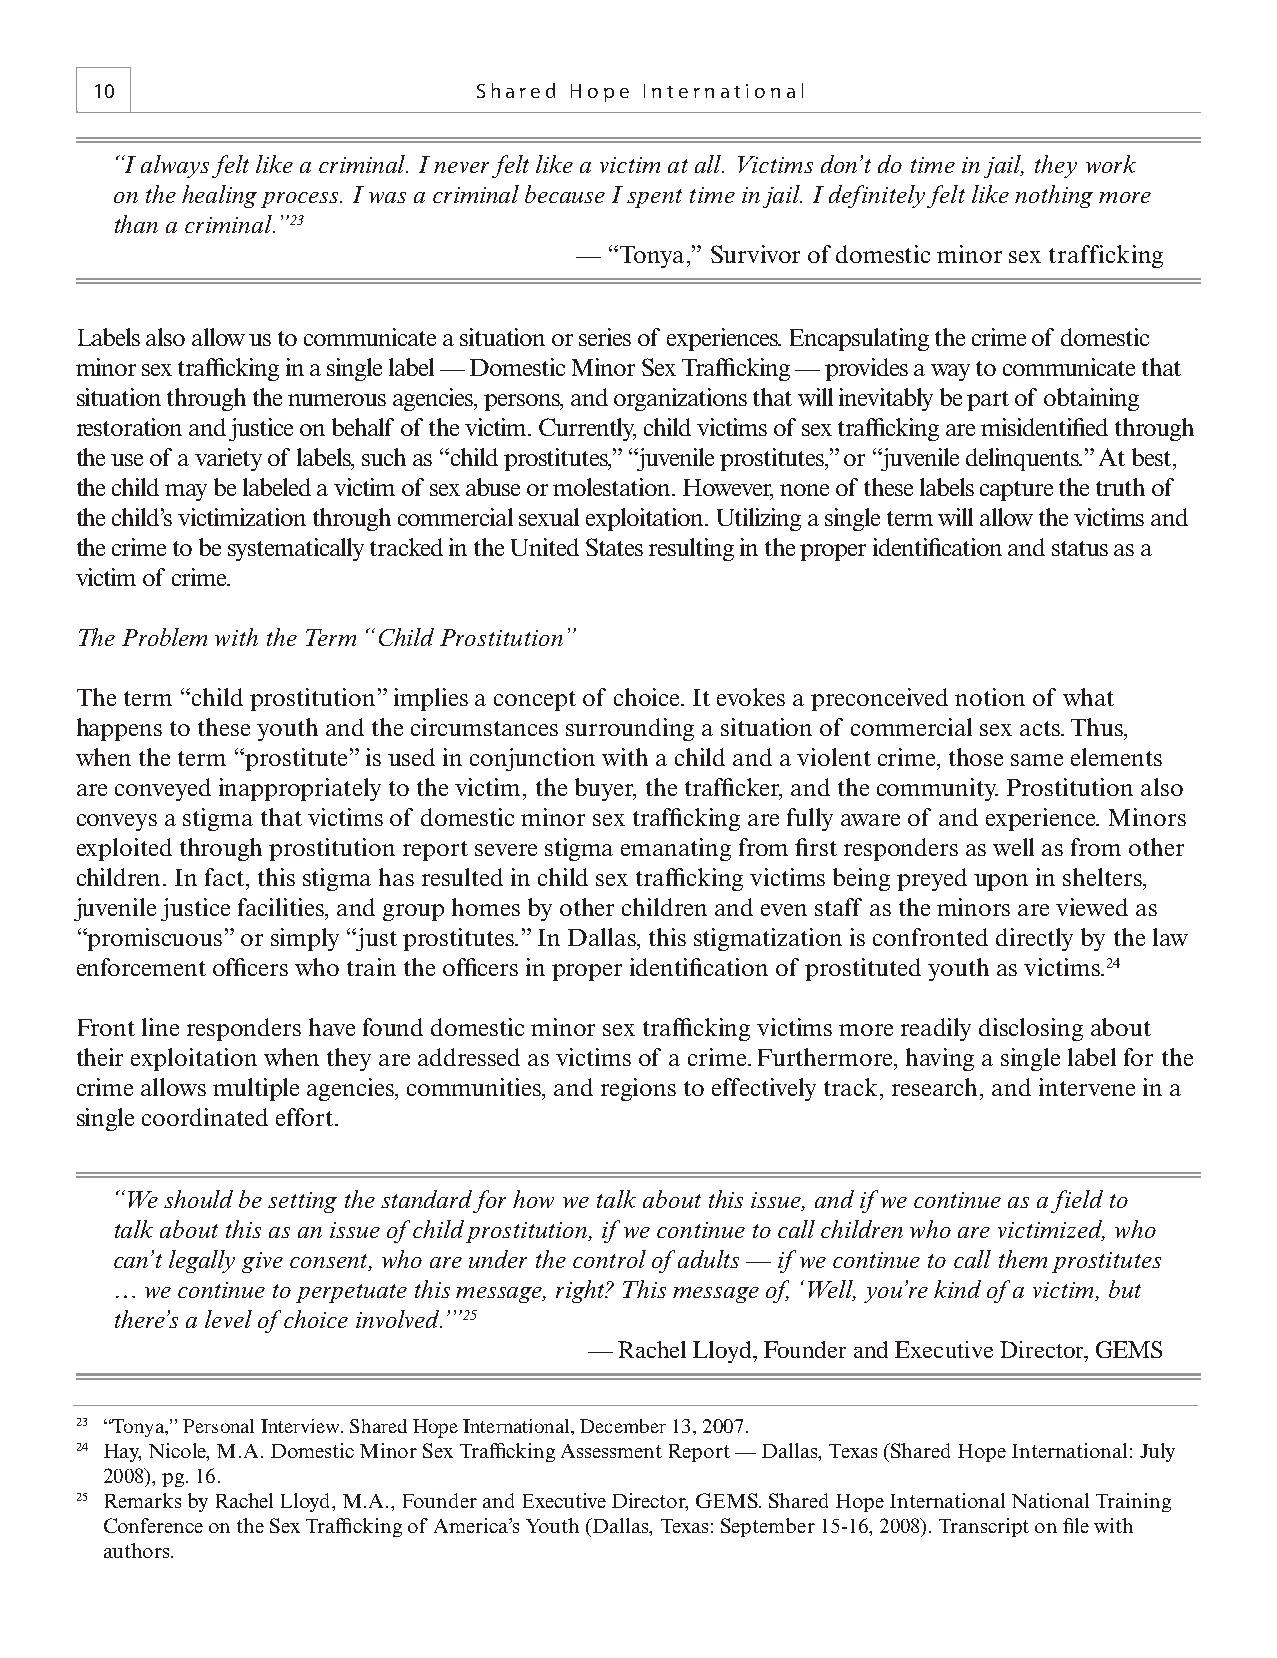
10                       Shared Hope International
 “I always felt like a criminal. I never felt like a victim at all. Victims don’t do time in jail, they work
 on the healing process. I was a criminal because I spent time in jail. I definitely felt like nothing more
 than a criminal.”23
 — “Tonya,” Survivor of domestic minor sex trafficking
 Labels also allow us to communicate a situation or series of experiences. Encapsulating the crime of domestic
 minor sex traffi cking in a single label — Domestic Minor Sex Traffi cking — provides a way to communicate that
 situation through the numerous agencies, persons, and organizations that will inevitably be part of obtaining
 restoration and justice on behalf of the victim. Currently, child victims of sex traffi cking are misidentifi ed through
 the use of a variety of labels, such as “child prostitutes,” “juvenile prostitutes,” or “juvenile delinquents.” At best,
 the child may be labeled a victim of sex abuse or molestation. However, none of these labels capture the truth of
 the child’s victimization through commercial sexual exploitation. Utilizing a single term will allow the victims and
 the crime to be systematically tracked in the United States resulting in the proper identifi cation and status as a
 victim of crime.
 The Problem with the Term “Child Prostitution”
 The term “child prostitution” implies a concept of choice. It evokes a preconceived notion of what
 happens to these youth and the circumstances surrounding a situation of commercial sex acts. Thus,
 when the term “prostitute” is used in conjunction with a child and a violent crime, those same elements
 are conveyed inappropriately to the victim, the buyer, the traffi cker, and the community. Prostitution also
 conveys a stigma that victims of domestic minor sex traffi cking are fully aware of and experience. Minors
 exploited through prostitution report severe stigma emanating from fi rst responders as well as from other
 children. In fact, this stigma has resulted in child sex traffi cking victims being preyed upon in shelters,
 juvenile justice facilities, and group homes by other children and even staff as the minors are viewed as
 “promiscuous” or simply “just prostitutes.” In Dallas, this stigmatization is confronted directly by the law
 enforcement offi cers who train the offi cers in proper identifi cation of prostituted youth as victims.24
 Front line responders have found domestic minor sex traffi cking victims more readily disclosing about
 their exploitation when they are addressed as victims of a crime. Furthermore, having a single label for the
 crime allows multiple agencies, communities, and regions to effectively track, research, and intervene in a
 single coordinated effort.
 “We should be setting the standard for how we talk about this issue, and if we continue as a field to
 talk about this as an issue of child prostitution, if we continue to call children who are victimized, who
 can’t legally give consent, who are under the control of adults — if we continue to call them prostitutes
 … we continue to perpetuate this message, right? This message of, ‘Well, you’re kind of a victim, but
 there’s a level of choice involved.’”25
 — Rachel Lloyd, Founder and Executive Director, GEMS
 23 “Tonya,” Personal Interview. Shared Hope International, December 13, 2007.
 24 Hay, Nicole, M.A. Domestic Minor Sex Traffi cking Assessment Report — Dallas, Texas (Shared Hope International: July
 2008), pg. 16.
 25 Remarks by Rachel Lloyd, M.A., Founder and Executive Director, GEMS. Shared Hope International National Training
 Conference on the Sex Traffi cking of America’s Youth (Dallas, Texas: September 15-16, 2008). Transcript on fi le with
 authors.